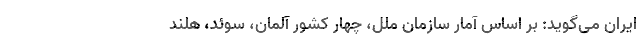
ایران می‌گوید: بر اساس آمار سازمان ملل، چهار کشور آلمان، سوئد، هلند